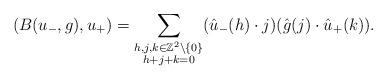
LaTeX: \begin{align*}(B(u_-,g),u_+)=\sum_{\substack{h,j,k\in\mathbb{Z}^2\setminus\{0\}\\h+j+k=0}}(\hat{u}_-(h)\cdot j)(\hat{g}(j)\cdot \hat{u}_+(k)).\end{align*}